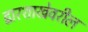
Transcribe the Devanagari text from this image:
द्वारशाखेवरील